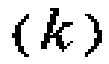
\((k)\)